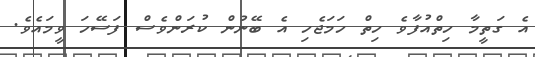
އެ ގަތީމާ ހިތްއުފާވެ ހިތް ހަމަޖެހި އެ ބޭނުން ކުރަންވެސް ފަސޭހަ ވީމައެވެ.